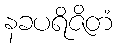
နခပရိဇိတံ